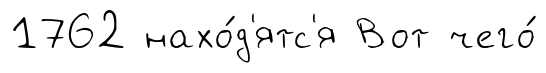
1762 нахо́д'ятс'я Вот чего́